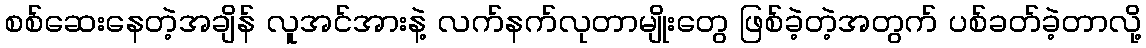
စစ်ဆေးနေတဲ့အချိန် လူအင်အားနဲ့ လက်နက်လုတာမျိုးတွေ ဖြစ်ခဲ့တဲ့အတွက် ပစ်ခတ်ခဲ့တာလို့